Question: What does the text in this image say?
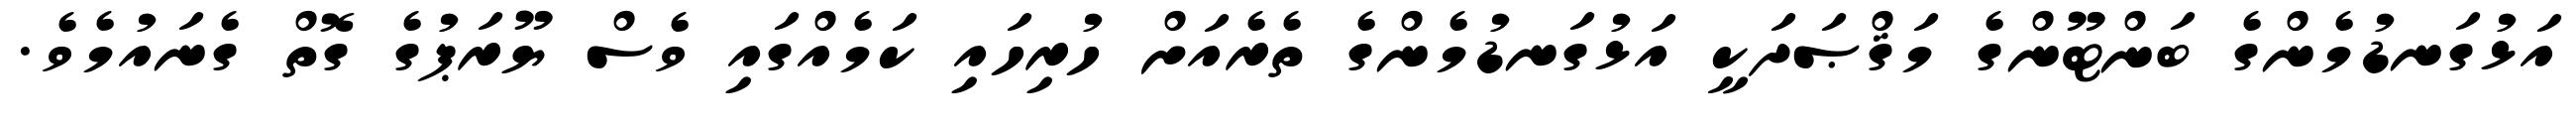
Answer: އަޅުގަނޑުމެންގެ ބަންޓޫންގެ މަޤްޞަދަކީ އަޅުގަނޑުމެންގެ ތެރެއަށް ހުރިހައި ކަމެއްގައި ވެސް ޔޫރަޕުގެ ގޮތް ގެނައުމެވެ.